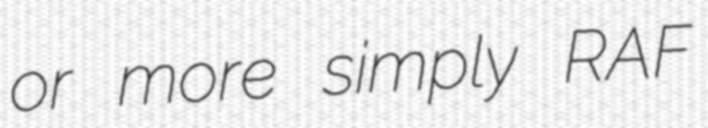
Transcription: or more simply RAF